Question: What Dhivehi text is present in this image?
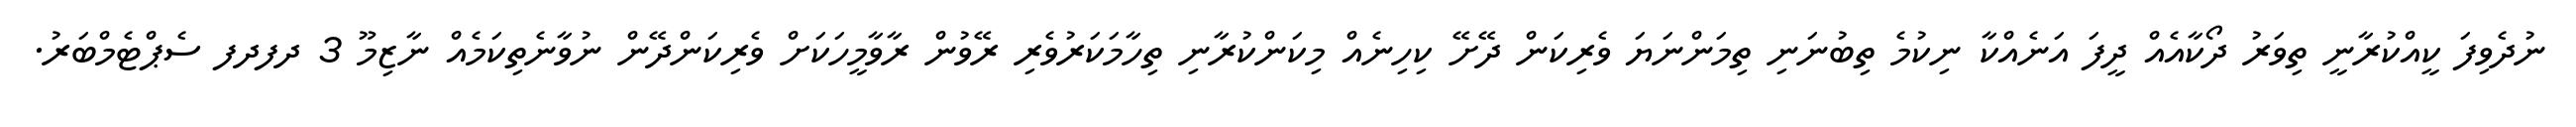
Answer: ނުދެވިފަ ކީއްކުރާނީ ތިވަރު ދޯކާއެއް ދީފަ އަނެއްކާ ނިކުމެ ތިބުނަނި ތިމަންނަޔަ ވެރިކަން ދޭށޭ ކިހިނެއް މިކަންކުރާނި ތިހާމަކަރުވެރި ރޭވުން ރާވާމީހަކަށް ވެރިކަންދޭން ނުވާނެތިކަމެއް ނާޒިމޫ 3 ދފދފ ސެޕްޓެމްބަރު.